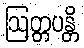
ဩတ္တပန္တိ